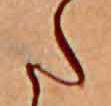
た